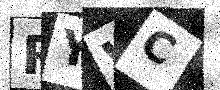
Text: RYWC